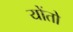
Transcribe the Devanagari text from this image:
योंतो